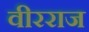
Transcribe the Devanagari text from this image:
वीरराज